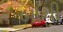
બૉની